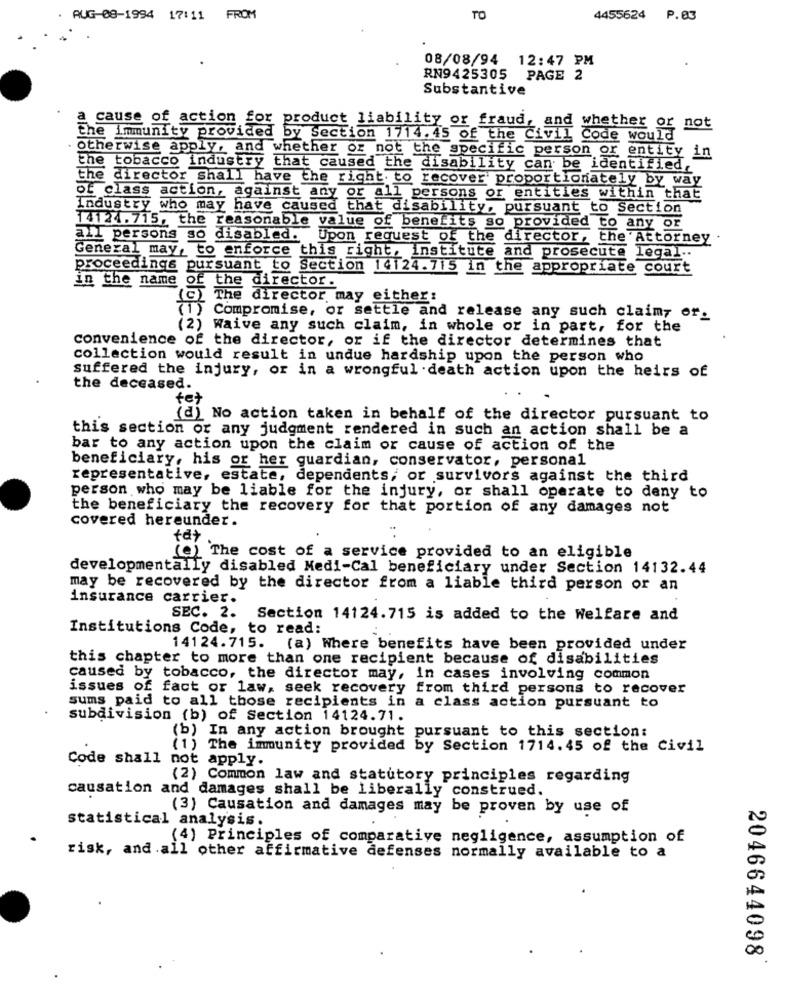
AUG-08-1994 17:11 FROM
TO
4455624 P.03
08/08/94 12:47 PM
RN9425305 PAGE 2
Substantive
a cause of action for product liability or fraud, and whether or not
the Immunity provided by section 1714.45 of the Civil Code would
otherwise apply, and whether or not the specific person or entity in
the tobacco industry that caused the disability can be identified.
the director shall have the right. to recover proportionately by way
of class action, against any or all persons or entities within that
Industry who may have caused that disability, pursuant to Section
14124.715, the reasonable value of benefits so provided to any or
all persons so disabled. Upon request of the director, the Attorney .
General may, to enforce this right, institute and prosecute legal ..
proceedings pursuant to Section 14124.715 in the appropriate court
in the name of the director.
( The director may either:
(1) Compromise, or settle and release any such claim, or.
(2) Waive any such claim, in whole or in part, for the
convenience of the director, or if the director determines that
collection would result in undue hardship upon the person who
suffered the injury, or in a wrongful death action upon the heirs of
the deceased.
fet
(d) No action taken in behalf of the director pursuant to
this section or any judgment rendered in such an action shall be a
bar to any action upon the claim or cause of action of the
beneficiary, his or her guardian, conservator, personal
representative, estate, dependents, or survivors against the third
person who may be liable for the injury, or shall operate to deny to
the beneficiary the recovery for that portion of any damages not
covered hereunder.
tat
(e) The cost of a service provided to an eligible
developmentally disabled Medi-Cal beneficiary under Section 14132.44
may be recovered by the director from a liable third person or an
insurance carrier.
SEC. 2.
Section 14124.715 is added to the Welfare and
Institutions Code, to read:
14124.715. (a) Where benefits have been provided under
this chapter to more than one recipient because of disabilities
caused by tobacco, the director may, in cases involving common
issues of fact or law, seek recovery from third persons to recover
sums paid to all those recipients in a class action pursuant to
subdivision (b) of Section 14124.71.
(b) In any action brought pursuant to this section:
(1) The immunity provided by Section 1714.45 of the Civil
Code shall not apply.
(2) Common law and statutory principles regarding
causation and damages shall be liberally construed.
(3) Causation and damages may be proven by use of
statistical analysis.
(4) Principles of comparative negligence, assumption of
risk, and all other affirmative defenses normally available to a
2046644098